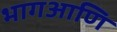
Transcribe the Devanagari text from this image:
भागआणि